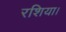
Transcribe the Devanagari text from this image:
रशिया।